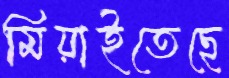
মিয়াইতেছে